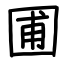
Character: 圃